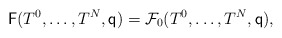
\begin{align*}\mathsf{F}(T^0,\dots,T^{N},\mathsf{q})=\mathcal{F}_0(T^0,\dots,T^{N},\mathsf{q}),\end{align*}